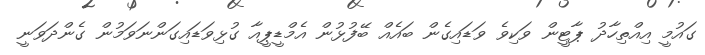
ގައުމީ އިއްތިހާދު ޕާޓީން ވަކިވެ ވަޑައިގެން ބައެއް ބޭފުޅުން އެމްޑީޕީއާ ގުޅިވަޑައިގަންނަވަމުން ގެންދަވަނީ